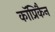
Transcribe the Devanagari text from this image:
कॉप्रिकैन